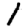
Digit: 1